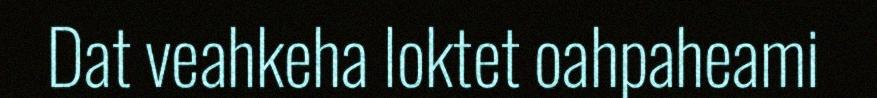
Dat veahkeha loktet oahpaheami